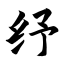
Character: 纾